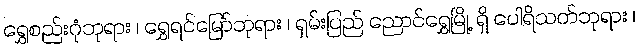
ရွှေစည်းဂုံဘုရား ၊ ရွှေရင်မြော်ဘုရား ၊ ရှမ်းပြည် ညောင်ရွှေမြို့ ရှိ ပေါရိသတ်ဘုရား ၊